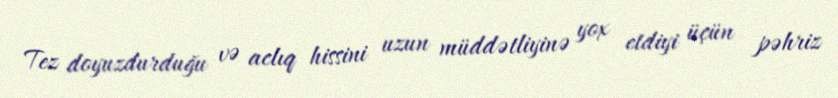
Tez doyuzdurduğu və aclıq hissini uzun müddətliyinə yox etdiyi üçün pəhriz